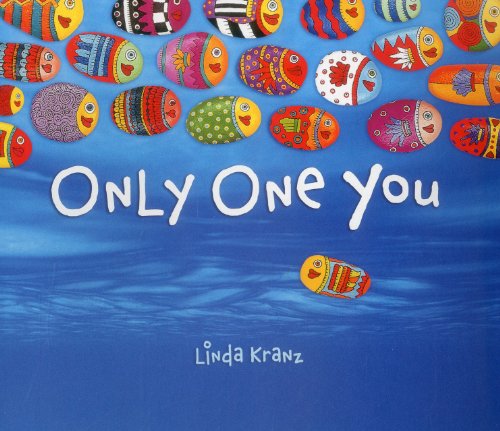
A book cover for Only One You; Linda Kranz; Children's Books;